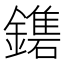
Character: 𨮀